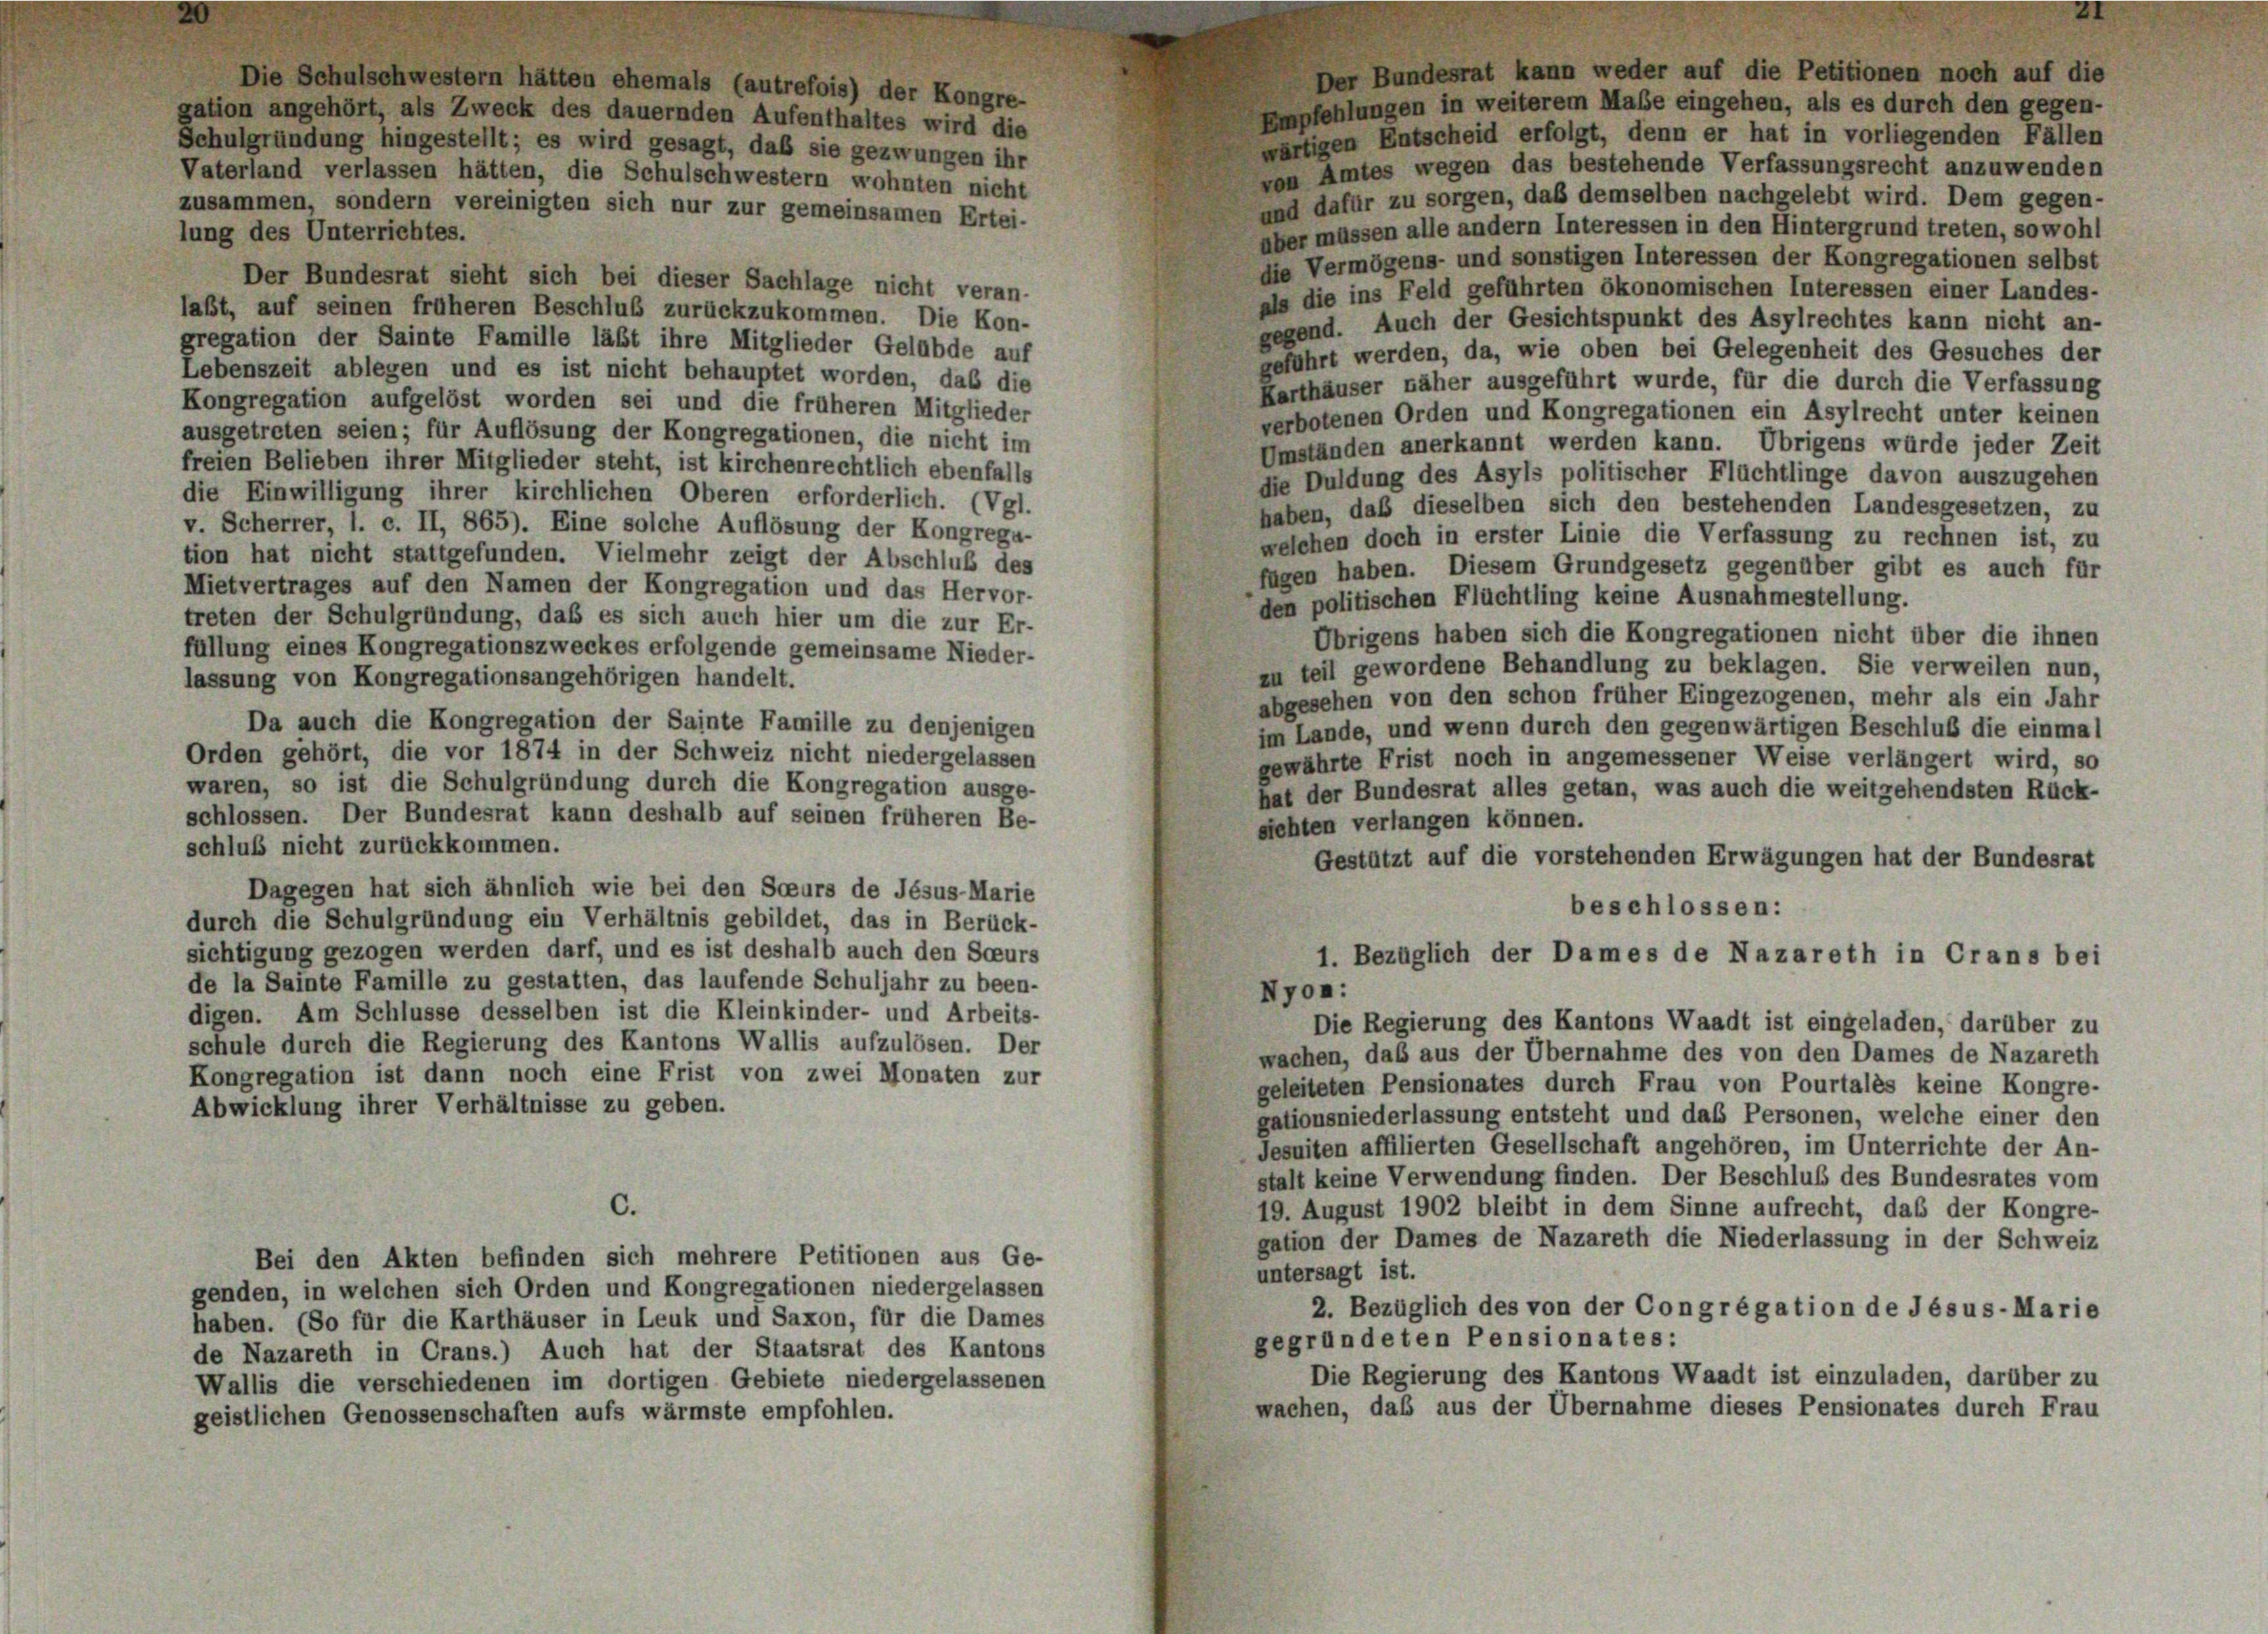
Der Bundesrat kann weder auf die Petitionen noch auf die
Die Schulschwestern hätten ehemals (autrefois) der Kongre-
Empfehlungen in weiterem Maße eingehen, als es durch den gegen-
gation angehört, als Zweck des dauernden Aufenthaltes wird die
wärtigen Entscheid erfolgt, denn er hat in vorliegenden Fällen
Schulgründung hingestellt; es wird gesagt, daß sie gezwungen ihr
von Amtes wegen das bestehende Verfassungsrecht anzuwenden
Vaterland verlassen hätten, die Schulschwestern wohnten nicht
und dafür zu sorgen, daß demselben nachgelebt wird. Dem gegen-
zusammen, sondern vereinigten sich nur zur gemeinsamen Ertei-
über müssen alle andern Interessen in den Hintergrund treten, sowohl
lung des Unterrichtes.
die Vermögens- und sonstigen Interessen der Kongregationen selbst
Der Bundesrat sieht sich bei dieser Sachlage nicht veran-
als die ins Feld geführten ökonomischen Interessen einer Landes-
laßt, auf seinen früheren Beschluß zurückzukommen. Die Kon-
gegend. Auch der Gesichtspunkt des Asylrechtes kann nicht an-
gregation der Sainte Famille läßt ihre Mitglieder Gelübde auf
geführt werden, da, wie oben bei Gelegenheit des Gesuches der
Lebenszeit ablegen und es ist nicht behauptet worden, daß die
Karthäuser näher ausgeführt wurde, für die durch die Verfassung
Kongregation aufgelöst worden sei und die früheren Mitglieder
verbotenen Orden und Kongregationen ein Asylrecht unter keinen
ausgetreten seien; für Auflösung der Kongregationen, die nicht im
Umständen anerkannt werden kann. Übrigens würde jeder Zeit
freien Belieben ihrer Mitglieder steht, ist kirchenrechtlich ebenfalls
die Duldung des Asyls politischer Flüchtlinge davon auszugehen
die Einwilligung ihrer kirchlichen Oberen erforderlich. (Vgl.
haben, daß dieselben sich den bestehenden Landesgesetzen, zu
v. Scherrer, 1. c. II, 865). Eine solche Auflösung der Kongregu-
welchen doch in erster Linie die Verfassung zu rechnen ist, zu
tion hat nicht stattgefunden. Vielmehr zeigt der Abschluß des
fügen haben. Diesem Grundgesetz gegenüber gibt es auch für
Mietvertrages auf den Namen der Kongregation und das Hervor-
den politischen Flüchtling keine Ausnahmestellung.
treten der Schulgründung, daß es sich auch hier um die zur Er-
Übrigens haben sich die Kongregationen nicht über die ihnen
füllung eines Kongregationszweckes erfolgende gemeinsame Nieder-
zu teil gewordene Behandlung zu beklagen. Sie verweilen nun,
lassung von Kongregationsangehörigen handelt.
abgesehen von den schon früher Eingezogenen, mehr als ein Jahr
Da auch die Kongregation der Sainte Famille zu denjenigen
im Lande, und wenn durch den gegenwärtigen Beschluß die einmal
Orden gehört, die vor 1874 in der Schweiz nicht niedergelassen
gewährte Frist noch in angemessener Weise verlängert wird, so
waren, so ist die Schulgründung durch die Kongregation ausge-
hat der Bundesrat alles getan, was auch die weitgehendsten Rück-
schlossen. Der Bundesrat kann deshalb auf seinen früheren Be-
sichten verlangen können.
schluß nicht zurückkommen.
Gestützt auf die vorstehenden Erwägungen hat der Bundesrat
Dagegen hat sich ähnlich wie bei den Soeurs de Jésus-Marie
beschlossen:
durch die Schulgründung ein Verhältnis gebildet, das in Berück-
sichtigung gezogen werden darf, und es ist deshalb auch den Sceurs
1. Bezüglich der Dames de Nazareth in Crans bei
de la Sainte Famille zu gestatten, das laufende Schuljahr zu been-
Nyon:
digen. Am Schlüsse desselben ist die Kleinkinder- und Arbeits-
Die Regierung des Kantons Waadt ist eingeladen, darüber zu
schule durch die Regierung des Kantons Wallis aufzulösen. Der
wachen, daß aus der Übernahme des von den Dames de Nazareth
Kongregation ist dann noch eine Frist von zwei Monaten zur
geleiteten Pensionates durch Frau von Pourtalès keine Kongre-
Abwicklung ihrer Verhältnisse zu geben.
gationsniederlassung entsteht und das Personen, welche einer den
Jesuiten affilierten Gesellschaft angehören, im Unterrichte der An-
stalt keine Verwendung finden. Der Beschluß des Bundesrates vom
c.
19. August 1902 bleibt in dem Sinne aufrecht, das der Kongre-
gation der Dames de Nazareth die Niederlassung in der Schweiz
Bei den Akten befinden sich mehrere Petitionen aus Ge-
untersagt ist.
genden, in welchen sich Orden und Kongregationen niedergelassen
2. Bezüglich des von der Congrégation de Jésus-Marie
haben. (So für die Karthäuser in Leuk und Saxon, für die Dames
gegründeten Pensionates:
de Nazareth in Crans.) Auch hat der Staatsrat des Kantons
Die Regierung des Kantons Waadt ist einzuladen, darüber zu
Wallis die verschiedenen im dortigen Gebiete niedergelassenen
wachen, daß aus der Übernahme dieses Pensionates durch Frau
geistlichen Genossenschaften aufs wärmste empfohlen.